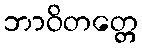
ဘာဝိတတ္တေ